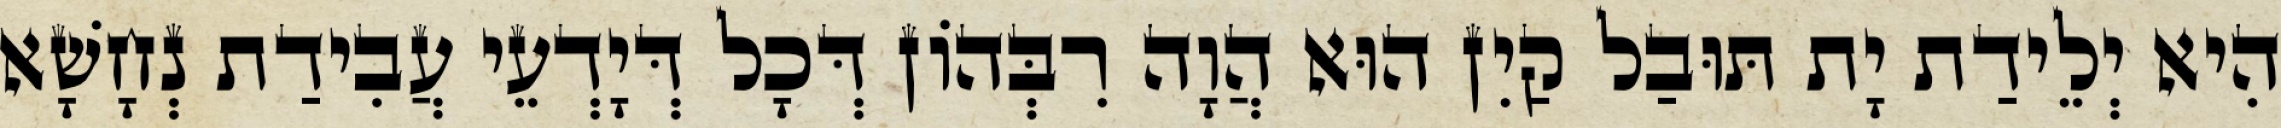
הִיא יְלֵידַת יָת תּוּבַל קַיִן הוּא הֲוָה רִבְּהוֹן דְּכָל דְּיָדְעֵי עֲבִידַת נְחָשָׁא